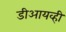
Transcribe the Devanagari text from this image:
डीआयव्ही